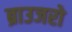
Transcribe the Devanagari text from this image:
ब्राउजरो